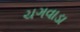
ચગવાડા